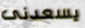
يسعدنى